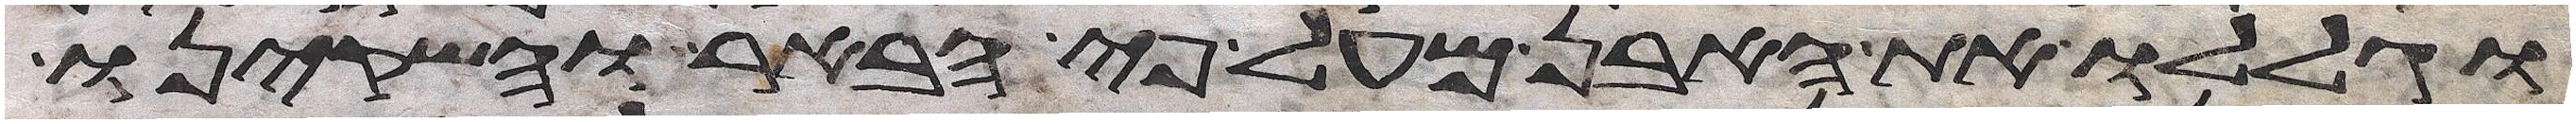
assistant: וגללו את האבן מעל פי הבאר והשקינו